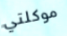
موكلتي